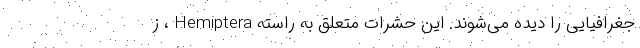
جغرافیایی را دیده می‌شوند. این حشرات متعلق به راسته Hemiptera ، ز